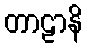
တာဠာနိ